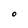
Character: 0